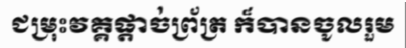
ជម្រុះវគ្គផ្តាច់ព្រ័ត្រ ក៏បានចូលរួម